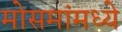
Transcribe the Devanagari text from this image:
मोसमांमध्ये